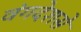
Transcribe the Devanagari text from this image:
वंगदेशसे